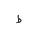
Letter: _da